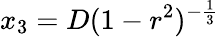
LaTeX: \displaystyle x_{3}=D(1-r^{2})^{-\frac{1}{3}}